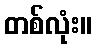
တစ်လုံး။